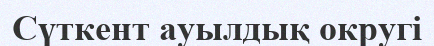
Сүткент ауылдық округі